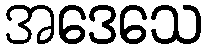
အဒေသေ